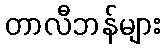
တာလီဘန်များ